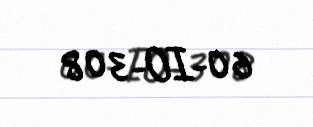
60-IO-308